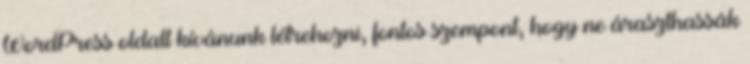
WordPress oldalt kívánunk létrehozni, fontos szempont, hogy ne áraszthassák